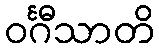
ဝင်္ဂီသာတိ